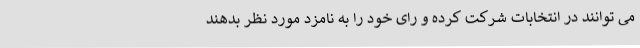
می توانند در انتخابات شرکت کرده و رای خود را به نامزد مورد نظر بدهند